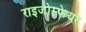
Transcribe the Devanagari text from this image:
राइजोस्फेयर